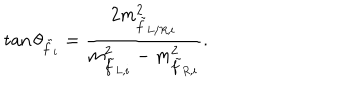
\tan \theta _ { \tilde { f } _ { i } } = \frac { 2 m _ { \tilde { f } _ { L / R , i } } ^ { 2 } } { m _ { \tilde { f } _ { L , i } } ^ { 2 } - m _ { \tilde { f } _ { R , i } } ^ { 2 } } .